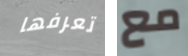
تعرفها مع